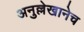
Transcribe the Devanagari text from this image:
अनुल्लेखानेच